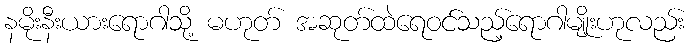
နမိုးနီးယားရောဂါသို့ မဟုတ် အဆုတ်ထဲရေဝင်သည့်ရောဂါမျိုးဟုလည်း